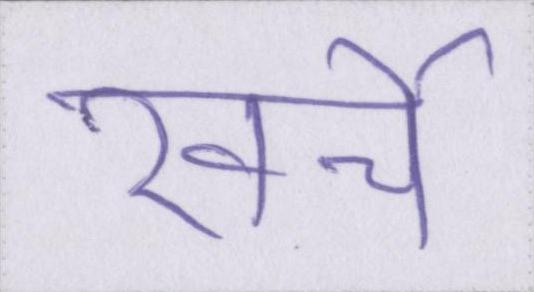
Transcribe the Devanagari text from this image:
खर्चे